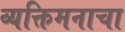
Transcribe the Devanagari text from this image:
व्यक्तिमनाचा